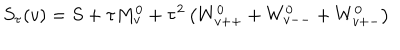
LaTeX: S _ { \tau } ( v ) = S + \tau M _ { v } ^ { 0 } + \tau ^ { 2 } \left( W _ { v + + } ^ { 0 } + W _ { v -- } ^ { 0 } + W _ { v + - } ^ { 0 } \right)